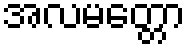
အလမတ္တော